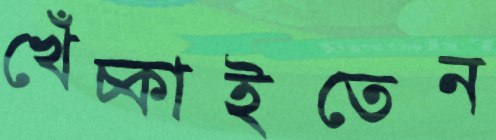
খেঁচ্‌কাইতেন